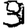
Digit: 3